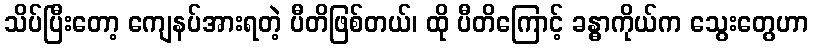
သိပ်ပြီးတော့ ကျေနပ်အားရတဲ့ ပီတိဖြစ်တယ်၊ ထို ပီတိကြောင့် ခန္ဓာကိုယ်က သွေးတွေဟာ